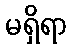
မရှိရာ